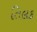
તિલક